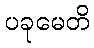
ပခုမေတိ